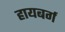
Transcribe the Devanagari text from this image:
हायबर्ग